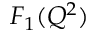
F _ { 1 } ( Q ^ { 2 } )